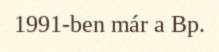
1991-ben már a Bp.